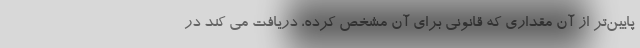
پایین‌تر از آن مقداری که قانونی برای آن مشخص کرده، دریافت می کند در